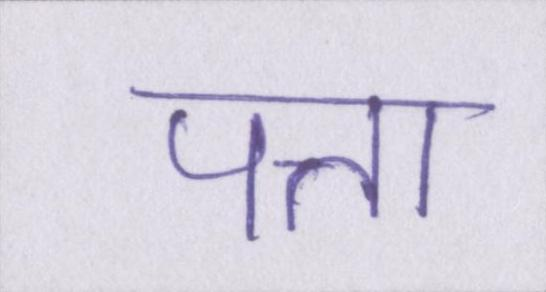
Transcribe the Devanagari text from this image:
पत्ता